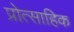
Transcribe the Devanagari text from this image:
प्रोत्साहिक